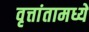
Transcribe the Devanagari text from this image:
वृत्तांतामध्ये